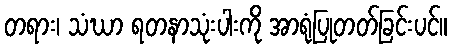
တရား၊ သံဃာ ရတနာသုံးပါးကို အာရုံပြုတတ်ခြင်းပင်။